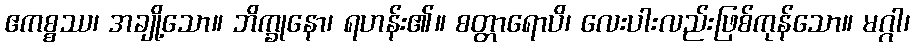
ဧကစ္စဿ၊ အချို့သော။ ဘိက္ခုနော၊ ရဟန်း၏။ စတ္တာရောပိ၊ လေးပါးလည်းဖြစ်ကုန်သော။ မဂ္ဂါ၊